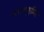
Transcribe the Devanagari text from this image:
पालागुम्मि